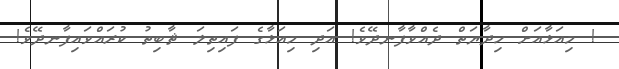
! މިއަޅާއަށް ހިދާޔަތް ދެއްވާފާނދޭވެ! އަދި މިއަޅާގެ ފައިތިލަ ޘާބިތު ކުރައްވައިފާނދޭވެ!